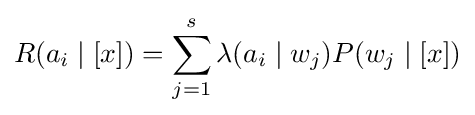
R(a_{i}\mid [x])=\sum _{j=1}^{s}\lambda (a_{i}\mid w_{j})P(w_{j}\mid [x])